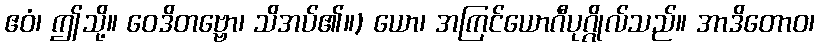
ဧဝံ၊ ဤသို့။ ဝေဒိတဗ္ဗော၊ သိအပ်၏။) ယော၊ အကြင်ယောဂီပုဂ္ဂိုလ်သည်။ အာဒိတောဝ၊